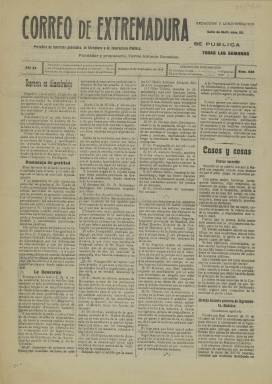
Título: Correo de Extremadura
Colección: Periódicos
Ámbito geográfico: Badajoz
Lugar de publicación: Badajoz
Fechas: 19/09/1910-19/09/1910

Se trata de una publicación nacida en 1891 en Badajoz y que tuvo una vida relativamente larga para lo acostumbrado en la época, pues cesó en 1915.  Empezó su andadura como periódico político predominantemente, pero con el tiempo la información sobre temas educativos acaparó la mayor parte de su contenido. De hecho, su subtítulo rezaba: ‘Periódico de intereses generales, de literatura y de instrucción pública’.

  El periódico tenía cuatro páginas, con un formato a cuatro columnas. Su periodicidad comenzó siendo semanal para pasar a editarse luego cada 10 o 12 días. Mensualmente publicaba una hoja con iniciales de letras y dibujos para bordados.

  Editado y dirigido por Carlos Antonio González Lozano, su contenido estaba centrado sobre todo en la defensa de los intereses de los maestros de primera enseñanza, con noticias que les afectaban y con artículos de denuncia de su situación.

   En 1900 el periódico se unió con El Pacense, pero se mantuvo el título de Correo de Extremadura, con el mismo director y redactores, según se puede leer en el catálogo digital de publicaciones periódicas extremeñas de la Universidad de Extremadura.

   La Biblioteca Nacional de España solo posee un número de esta publicación, el correspondiente al 19 de septiembre de 1910. En la página tercera dedicada a la sección de instrucción pública se puede leer una columna bajo el título ‘La Educación del niño’ comentando elogiosamente un artículo del escritor Azorín en el que este señalaba que el problema de la escuela primaria es el más grave de los que había en España.

    En este mismo número se puede ver cómo el periódico también trataba otros temas ajenos a la educación. En la portada se lee una columna con el título ‘Casos y cosas’ en la que se habla de un asunto trágico de adulterio ocurrido en un pueblo de las cercanías de Madrid.

[Descripción publicada el 7/09/2023]